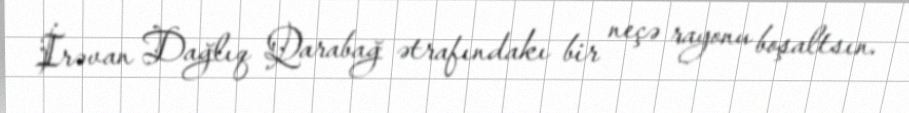
İrəvan Dağlıq Qarabağ ətrafındakı bir neçə rayonu boşaltsın.